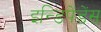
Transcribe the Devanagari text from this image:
इन्डिपेंडेंस